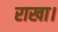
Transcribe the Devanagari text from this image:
राखा।